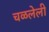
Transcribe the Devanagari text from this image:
चळलेली